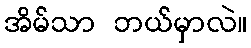
အိမ်သာ ဘယ်မှာလဲ။